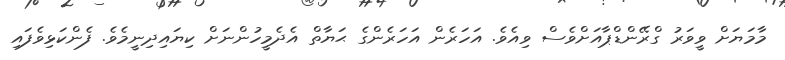
މާމަޔަށް ވީވަރު ގްރޭންޑްޕާއަށްވެސް ވިއެވެ. އަހަރެން އަހަރެންގެ ޙަޔާތް އެދެމީހުންނަށް ކިޔައިދިނީމެވެ. ފެންކަޅިވެފައި